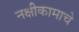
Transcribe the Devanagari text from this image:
नक्षीकामाचे